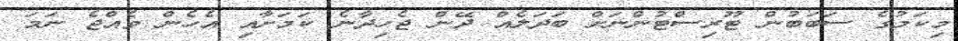
މިކަމުގެ ސަބަބުން ޓޫރިސްޓުންނަށް ބަދަލެއް ދޭން ޖެހިދާނެ ކަމަށާއި އެހެން ވެއްޖެ ނަމަ